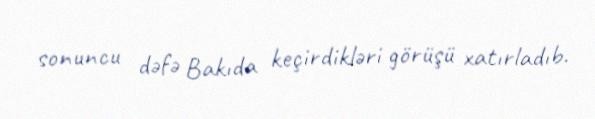
sonuncu dəfə Bakıda keçirdikləri görüşü xatırladıb.